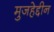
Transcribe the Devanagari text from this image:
मुजहेद्दीन